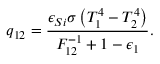
q _ { 1 2 } = \frac { \epsilon _ { S i } \sigma \left( T _ { 1 } ^ { 4 } - T _ { 2 } ^ { 4 } \right) } { F _ { 1 2 } ^ { - 1 } + 1 - \epsilon _ { 1 } } { . }